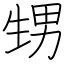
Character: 甥